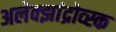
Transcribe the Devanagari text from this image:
अलेक्झांद्रोव्स्क